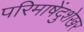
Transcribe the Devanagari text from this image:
परिमाषेंदुशेखर